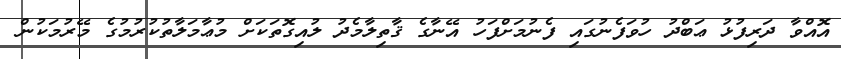
އޮއްވާ ދަރިފުޅު ޢަބްދު ހުވަފެނުގައި ފެނުމަށްފަހު އޭނާގެ ޤާތިލާމެދު ލުއިގޮތަކަށް މުޢާމަލާތުކުރުމުގެ މޭރުމަކުން